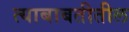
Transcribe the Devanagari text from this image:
त्याबाबतीतील